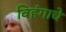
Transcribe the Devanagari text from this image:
विहंगाचे